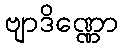
ဗျာဒိဏ္ဏော